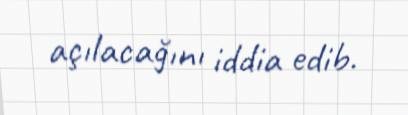
açılacağını iddia edib.